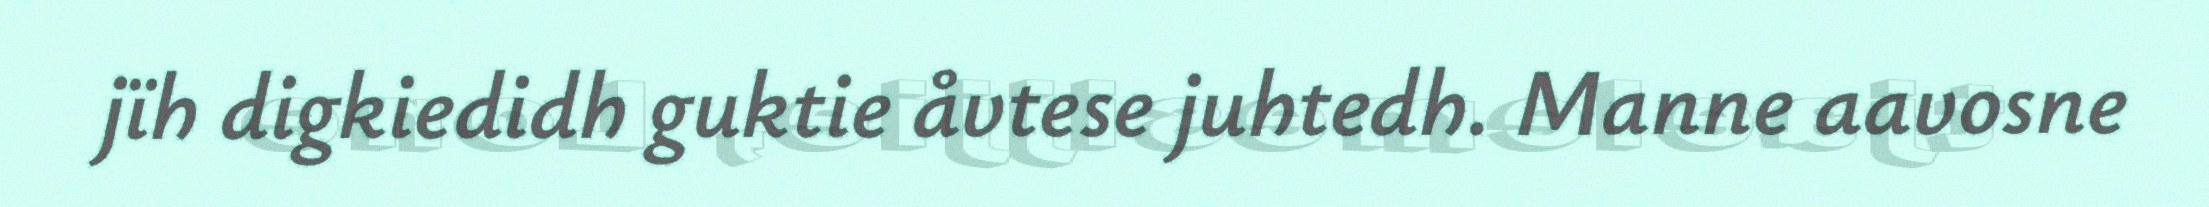
jïh digkiedidh guktie åvtese juhtedh. Manne aavosne